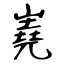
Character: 嶤